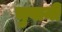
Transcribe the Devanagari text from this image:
चुवानी